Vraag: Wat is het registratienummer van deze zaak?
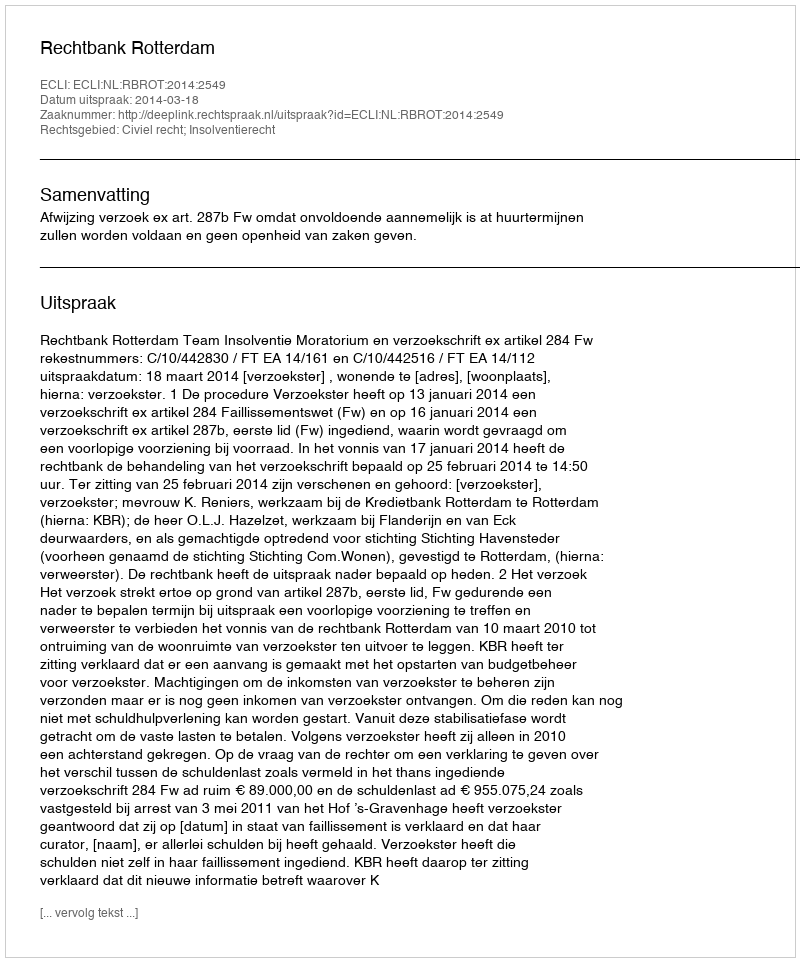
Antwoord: http://deeplink.rechtspraak.nl/uitspraak?id=ECLI:NL:RBROT:2014:2549